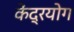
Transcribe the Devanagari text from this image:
केंद्रयोग